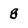
Character: B